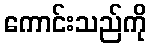
ကောင်းသည်ကို